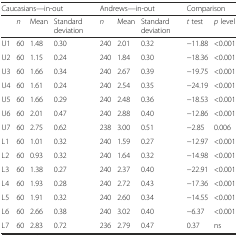
<table><thead><tr><td colspan="4"><b>Caucasians—in-out</b></td><td colspan="3"><b>Andrews—in-out</b></td><td colspan="2"><b>Comparison</b></td></tr><tr><td></td><td><b><i>n</i></b></td><td><b>Mean</b></td><td><b>Standard deviation</b></td><td><b><i>n</i></b></td><td><b>Mean</b></td><td><b>Standard deviation</b></td><td><b><i>t</i> test</b></td><td><b><i>p</i> level</b></td></tr></thead><tbody><tr><td>U1</td><td>60</td><td>1.48</td><td>0.30</td><td>240</td><td>2.01</td><td>0.32</td><td>−11.88</td><td>&lt;0.001</td></tr><tr><td>U2</td><td>60</td><td>1.15</td><td>0.24</td><td>240</td><td>1.84</td><td>0.30</td><td>−18.36</td><td>&lt;0.001</td></tr><tr><td>U3</td><td>60</td><td>1.66</td><td>0.34</td><td>240</td><td>2.67</td><td>0.39</td><td>−19.75</td><td>&lt;0.001</td></tr><tr><td>U4</td><td>60</td><td>1.61</td><td>0.24</td><td>240</td><td>2.54</td><td>0.35</td><td>−24.19</td><td>&lt;0.001</td></tr><tr><td>U5</td><td>60</td><td>1.66</td><td>0.29</td><td>240</td><td>2.48</td><td>0.36</td><td>−18.53</td><td>&lt;0.001</td></tr><tr><td>U6</td><td>60</td><td>2.01</td><td>0.47</td><td>240</td><td>2.88</td><td>0.40</td><td>−12.86</td><td>&lt;0.001</td></tr><tr><td>U7</td><td>60</td><td>2.75</td><td>0.62</td><td>238</td><td>3.00</td><td>0.51</td><td>−2.85</td><td>0.006</td></tr><tr><td>L1</td><td>60</td><td>1.01</td><td>0.32</td><td>240</td><td>1.59</td><td>0.27</td><td>−12.97</td><td>&lt;0.001</td></tr><tr><td>L2</td><td>60</td><td>0.93</td><td>0.32</td><td>240</td><td>1.64</td><td>0.32</td><td>−14.98</td><td>&lt;0.001</td></tr><tr><td>L3</td><td>60</td><td>1.38</td><td>0.27</td><td>240</td><td>2.37</td><td>0.40</td><td>−22.91</td><td>&lt;0.001</td></tr><tr><td>L4</td><td>60</td><td>1.93</td><td>0.28</td><td>240</td><td>2.72</td><td>0.43</td><td>−17.36</td><td>&lt;0.001</td></tr><tr><td>L5</td><td>60</td><td>1.91</td><td>0.32</td><td>240</td><td>2.60</td><td>0.34</td><td>−14.55</td><td>&lt;0.001</td></tr><tr><td>L6</td><td>60</td><td>2.66</td><td>0.38</td><td>240</td><td>3.02</td><td>0.40</td><td>−6.37</td><td>&lt;0.001</td></tr><tr><td>L7</td><td>60</td><td>2.83</td><td>0.72</td><td>236</td><td>2.79</td><td>0.47</td><td>0.37</td><td>ns</td></tr></tbody></table>